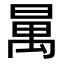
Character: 𣈦